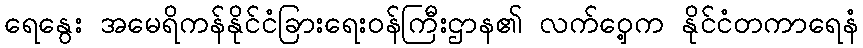
ရေနွေး အမေရိကန်နိုင်ငံခြားရေးဝန်ကြီးဌာန၏ လက်ဝှေ့က နိုင်ငံတကာရေနံ